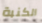
الكنبة